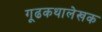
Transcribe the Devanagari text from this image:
गूढकथालेखक